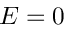
E = 0